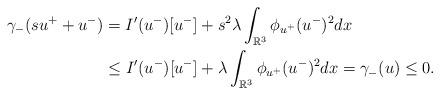
LaTeX: \begin{align*} \gamma_-(su^++u^-)&=I'(u^-)[u^-]+s^2\lambda\int_{\mathbb R^3}\phi_{u^+}(u^-)^2dx\\ &\leq I'(u^-)[u^-]+\lambda\int_{\mathbb R^3}\phi_{u^+}(u^-)^2dx=\gamma_-(u)\leq0. \end{align*}